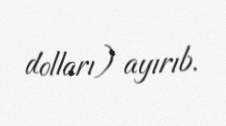
dolları) ayırıb.